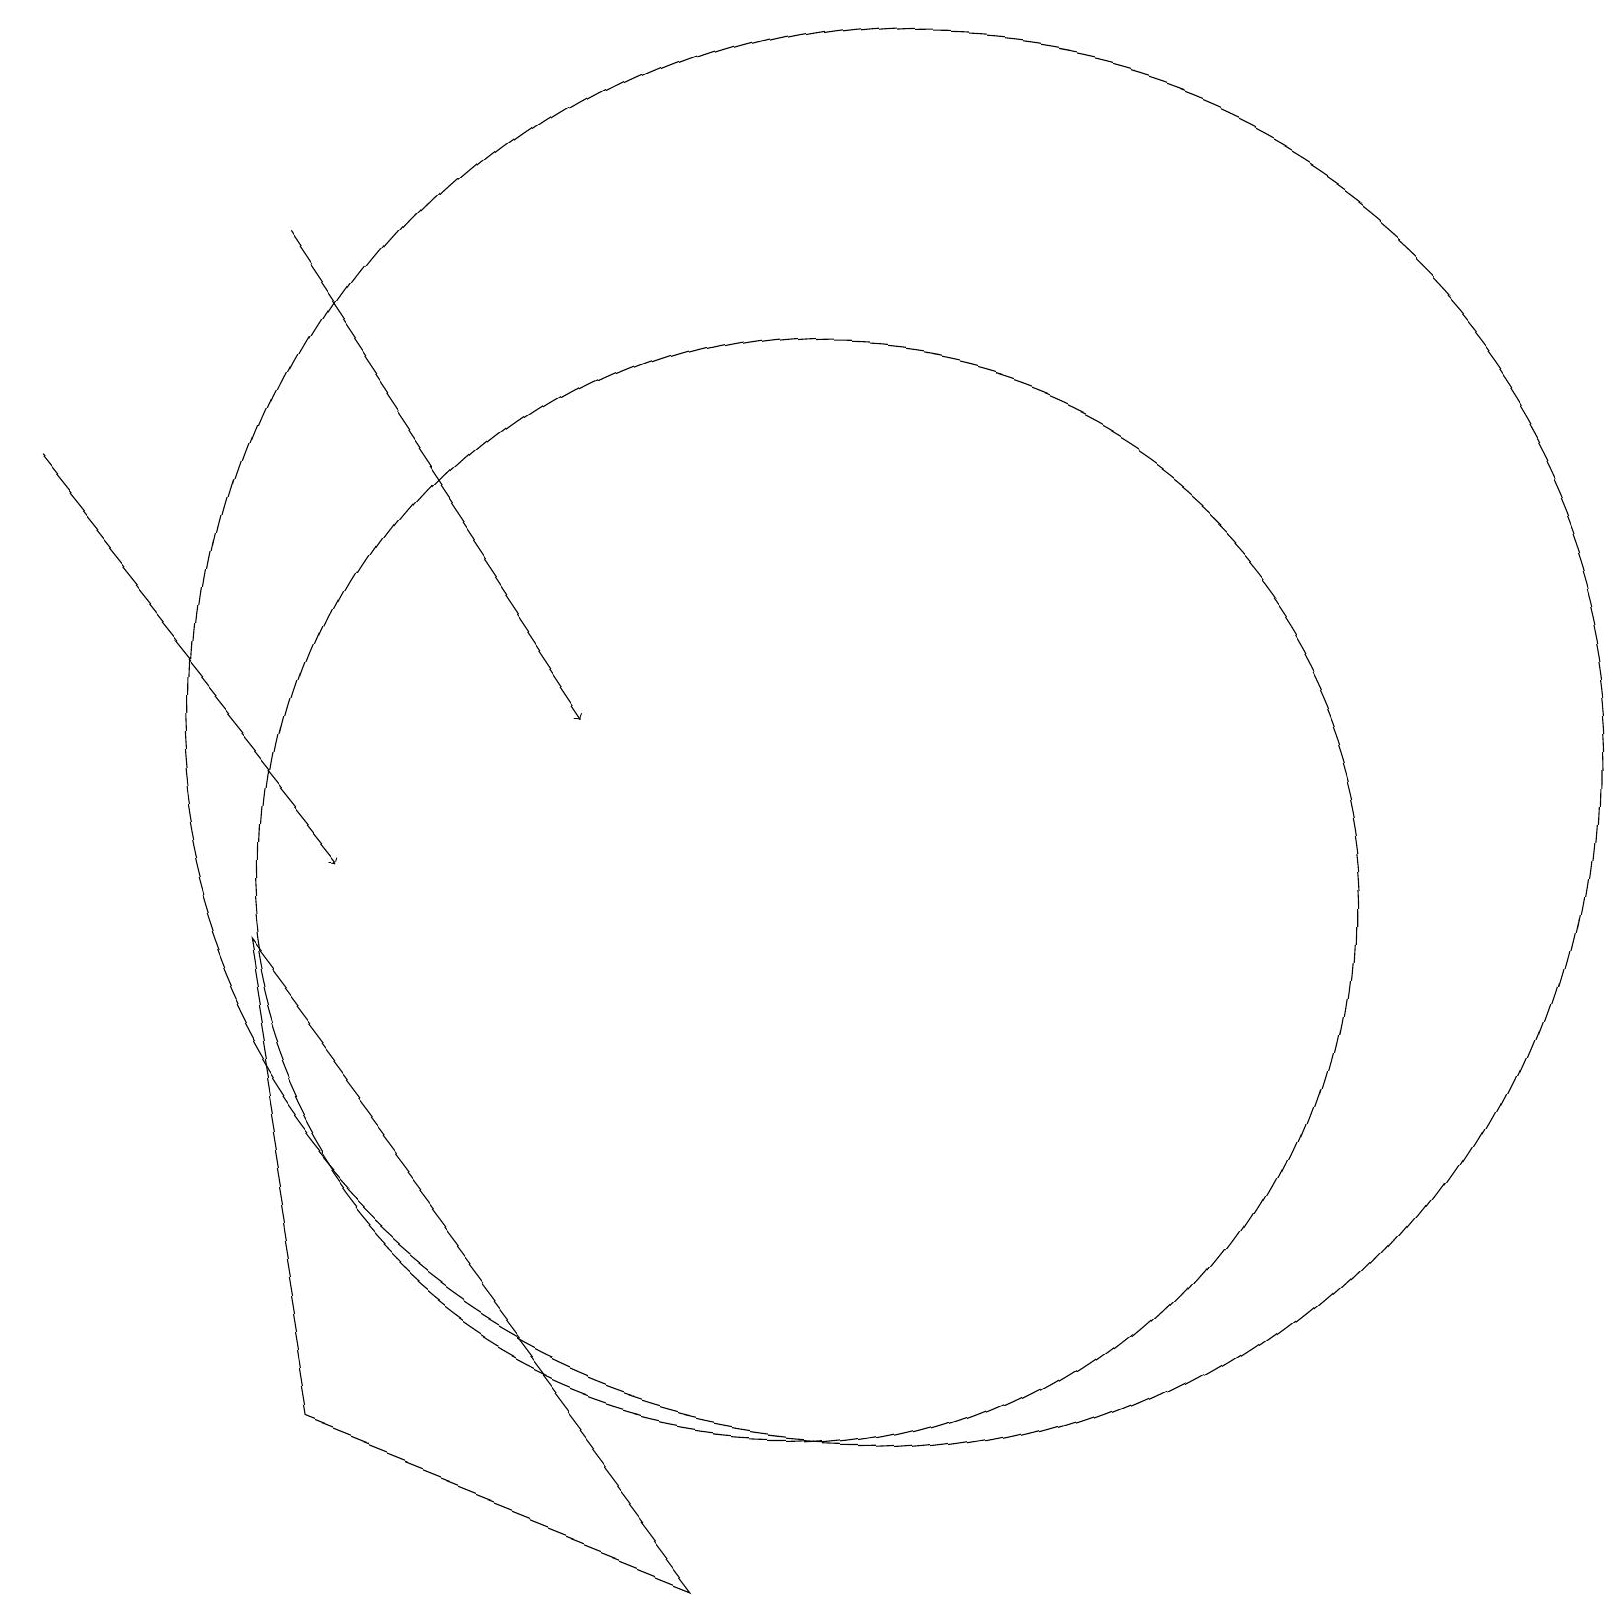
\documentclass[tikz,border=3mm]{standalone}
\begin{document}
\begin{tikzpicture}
\draw[->] (3,18) -- (7,12);
\draw[->] (0,15) -- (4,10);
\draw (10,10) circle (7);
\draw (11,12) circle (9);
\draw (11,11) circle (0);
\draw (3,9) -- (9,1) -- (4,3) -- cycle;
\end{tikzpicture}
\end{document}